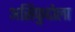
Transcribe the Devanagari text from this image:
असिफुद्दोला